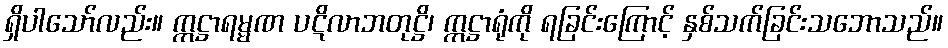
ရှိပါသော်လည်း။ ဣဋ္ဌာရမ္မဏ ပဋိလာဘတုဋ္ဌိ၊ ဣဋ္ဌာရုံကို ရခြင်းကြောင့် နှစ်သက်ခြင်းသဘောသည်။